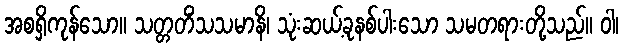
အစရှိကုန်သော။ သတ္တတိံသသမာနိ၊ သုံးဆယ့်ခုနစ်ပါးသော သမတရားတို့သည်။ ဝါ၊